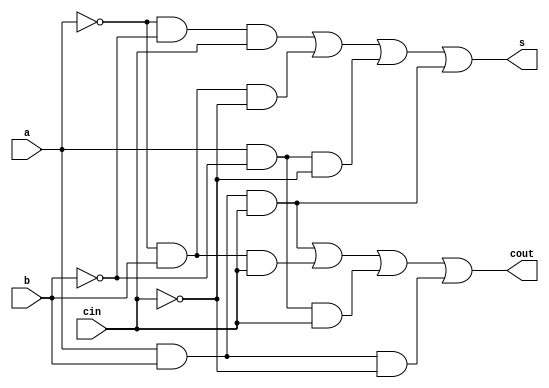
module full_add_str(a,b,cin,cout,s);
input a,b,cin;
output cout,s;
wire w1,w2,w3,w4,w5,w6,w7;
wire n1,n2,n3;   //for not

not l1(n1,a);
not l2(n2,b);
not l3(n3,cin);

and l4(w1,n1,n2,cin);
and l5(w2,n1,b,n3);
and l6(w3,a,n2,n3);
and l7(w4,a,b,cin);
and l8(w5,n1,b,cin);
and l9(w6,a,n2,cin);
and l10(w7,a,b,n3);

or l11(s,w1,w2,w3,w4);
or l12(cout,w4,w5,w6,w7);
endmodule